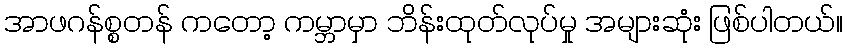
အာဖဂန်စ္စတန် ကတော့ ကမ္ဘာမှာ ဘိန်းထုတ်လုပ်မှု အများဆုံး ဖြစ်ပါတယ်။